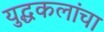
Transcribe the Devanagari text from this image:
युद्धकलांचा